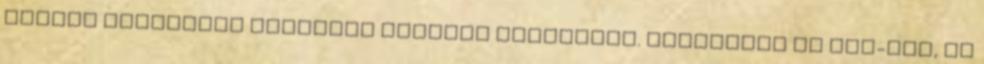
többen emlegetik hazánkat pozitív példaként. Leváltunk az IMF-ről, és